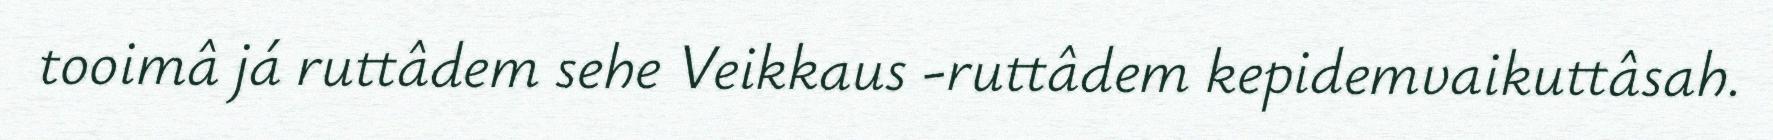
tooimâ já ruttâdem sehe Veikkaus -ruttâdem kepidemvaikuttâsah.